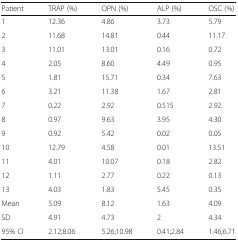
<table><thead><tr><td><b>Patient</b></td><td><b>TRAP (%)</b></td><td><b>OPN (%)</b></td><td><b>ALP (%)</b></td><td><b>OSC (%)</b></td></tr></thead><tbody><tr><td>1</td><td>12.36</td><td>4.86</td><td>3.73</td><td>5.79</td></tr><tr><td>2</td><td>11.68</td><td>14.81</td><td>0.44</td><td>11.17</td></tr><tr><td>3</td><td>11.01</td><td>13.01</td><td>0.16</td><td>0.72</td></tr><tr><td>4</td><td>2.05</td><td>8.60</td><td>4.49</td><td>0.95</td></tr><tr><td>5</td><td>1.81</td><td>15.71</td><td>0.34</td><td>7.63</td></tr><tr><td>6</td><td>3.21</td><td>11.38</td><td>1.67</td><td>2.81</td></tr><tr><td>7</td><td>0.22</td><td>2.92</td><td>0.515</td><td>2.92.</td></tr><tr><td>8</td><td>0.97</td><td>9.63</td><td>3.95</td><td>4.30</td></tr><tr><td>9</td><td>0.92</td><td>5.42</td><td>0.02</td><td>0.05</td></tr><tr><td>10</td><td>12.79</td><td>4.58</td><td>0.01</td><td>13.51</td></tr><tr><td>11</td><td>4.01</td><td>10.07</td><td>0.18</td><td>2.82</td></tr><tr><td>12</td><td>1.11</td><td>2.77</td><td>0.22</td><td>0.13</td></tr><tr><td>13</td><td>4.03</td><td>1.83</td><td>5.45</td><td>0.35</td></tr><tr><td>Mean</td><td>5.09</td><td>8.12</td><td>1.63</td><td>4.09</td></tr><tr><td>SD</td><td>4.91</td><td>4.73</td><td>2</td><td>4.34</td></tr><tr><td>95% CI</td><td>2.12;8.06</td><td>5.26;10.98</td><td>0.41;2.84</td><td>1.46;6.71</td></tr></tbody></table>